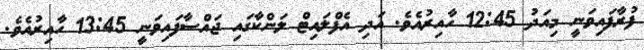
ފުރާފައިވަނީ މިއަދު 12:45 ހާއިރުއެވެ. އަދި އެފްލައިޓް ލަންކާގައި ޖައްސާފައިވަނީ 13:45 ހާއިރުއެވެ.